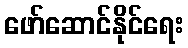
ဖော်ဆောင်နိုင်ရေး